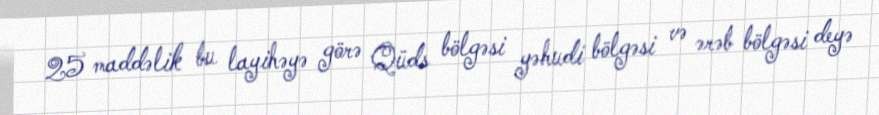
25 maddəlik bu layihəyə görə Qüds bölgəsi yəhudi bölgəsi və ərəb bölgəsi deyə